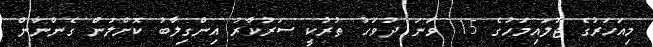
މިއަހަރުގެ ޖުލައިމަހުގެ 15 ވަނަ ދުވަހު ތުރުކީ ސަރުކާރު އިންގިލާބު ކޮށްލަން ގެންނާން